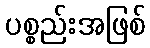
ပစ္စည်းအဖြစ်